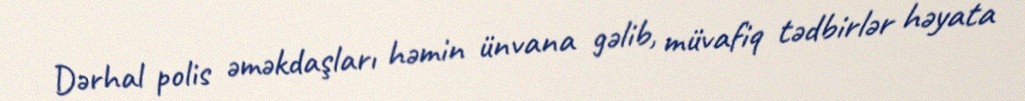
Dərhal polis əməkdaşları həmin ünvana gəlib, müvafiq tədbirlər həyata